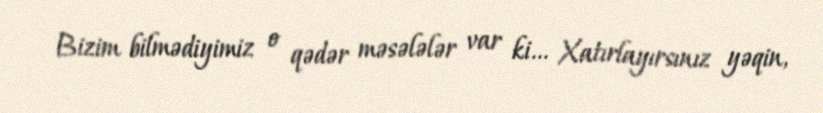
Bizim bilmədiyimiz o qədər məsələlər var ki... Xatırlayırsınız yəqin,